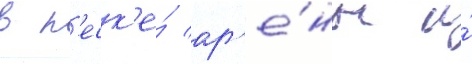
в п'еск'е́ ар'е́ны и́